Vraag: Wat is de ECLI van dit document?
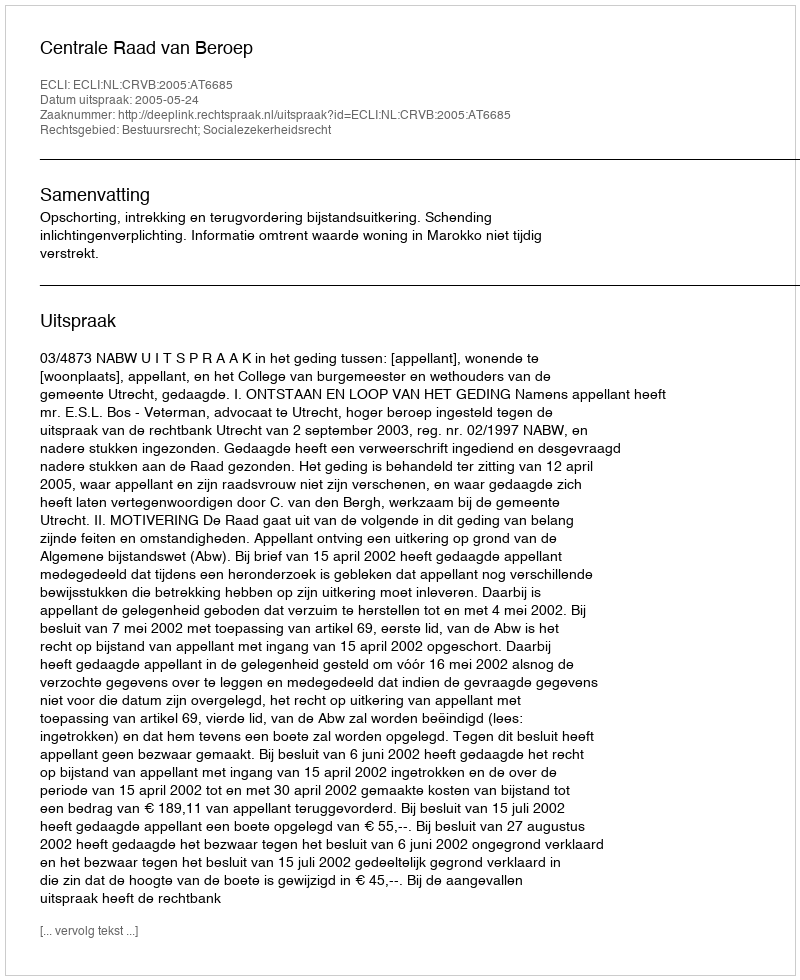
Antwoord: ECLI:NL:CRVB:2005:AT6685